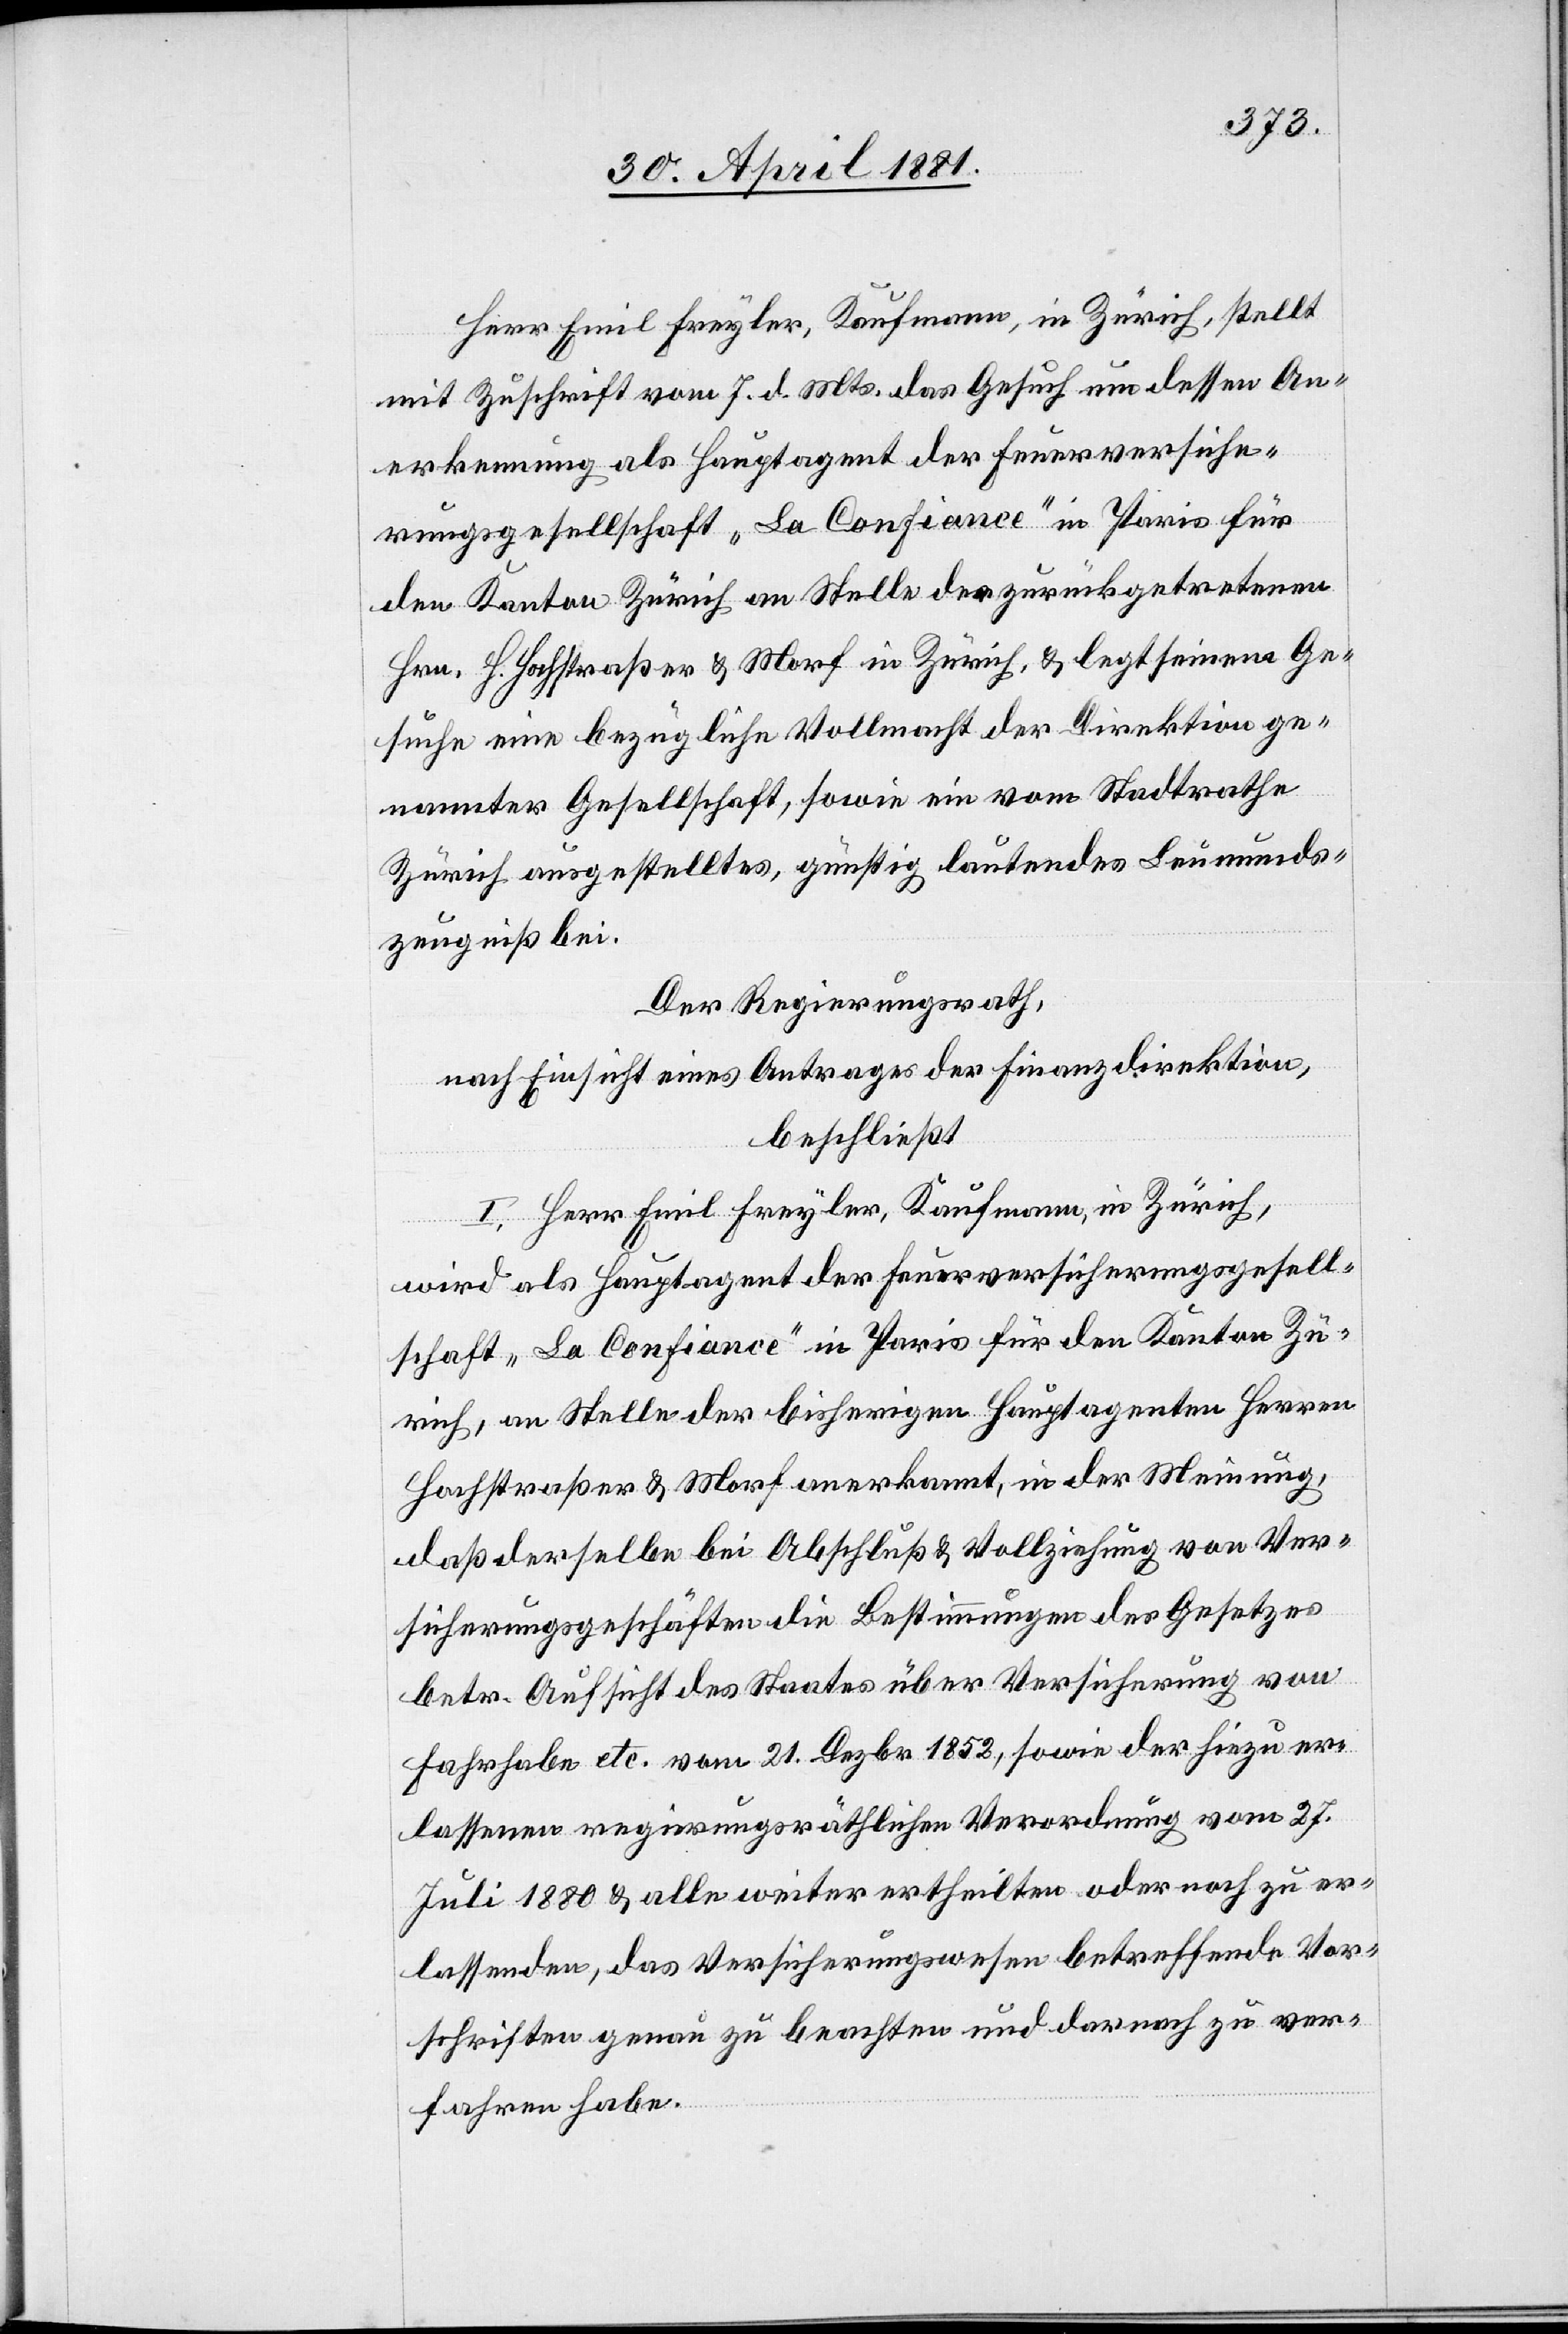
Herr Emil [sic!] Freyler, Kaufmann, in Zürich, stellt
mit Zuschrift vom 7. d. Mts. das Gesuch um dessen An¬
erkennung als Hauptagent der Feuerversiche¬
rungsgesellschaft „La Confiance“ in Paris für
den Kanton Zürich an Stelle des zurückgetretenen
Hrn. H. Hochstraßer & Morf in Zürich, & legt seinem Ge¬
suche eine bezügliche Vollmacht der Direktion ge¬
nannter Gesellschaft, sowie ein vom Stadtrathe
Zürich ausgestelltes, günstig lautendes Leumunds¬
zeugnis bei.
Der Regierungsrath,
nach Einsicht eines Antrages der Finanzdirektion,
beschließt:
I. Herr Emil Freyler, Kaufmann, in Zürich,
wird als Hauptagent der Feuerversicherungsgesell¬
schaft „La Confiance“ in Paris für den Kanton Zü¬
rich, an Stelle der bisherigen Hauptagenten Herren
Hochstraßer & Morf anerkannt, in der Meinung,
daß derselbe bei Abschluß & Vollziehung von Ver¬
sicherungsgeschäften die Bestimmungen des Gesetzes
betr. Aufsicht des Staates über Versicherung von
Fahrhabe & vom 21. Dezbr. 1853, sowie der hiezu {hiezu?}
erlassenen regierungsräthlichen Verordnung vom 27.
Juli 1880 & alle weiter ertheilten oder noch zu er¬
lassenden, das Versicherungswesen betreffende Vor¬
schriften genau zu beachten und darnach zu ver¬
fahren habe.